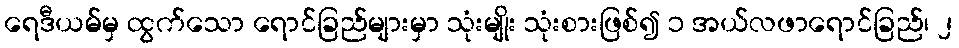
ရေဒီယမ်မှ ထွက်သော ရောင်ခြည်များမှာ သုံးမျိုး သုံးစားဖြစ်၍ ၁ အယ်လဖာရောင်ခြည်၊ ၂